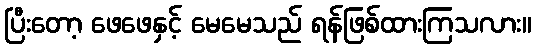
ပြီးတော့ ဖေဖေနှင့် မေမေသည် ရန်ဖြစ်ထားကြသလား။